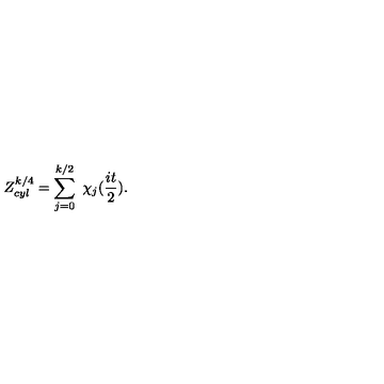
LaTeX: Z _ { c y l } ^ { k / 4 } = \sum _ { j = 0 } ^ { k / 2 } \ \chi _ { j } ( \frac { i t } { 2 } ) .